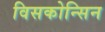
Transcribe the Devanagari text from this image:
विसकोन्सिन